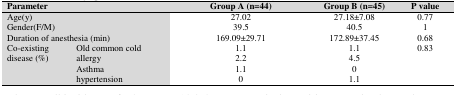
<table><thead><tr><td colspan="2"><b>Parameter</b></td><td><b>Group A (n=44)</b></td><td><b>Group B (n=45)</b></td><td><b>P value</b></td></tr></thead><tbody><tr><td colspan="2">Age(y)</td><td>27.02</td><td>27.18±7.08</td><td>0.77</td></tr><tr><td colspan="2">Gender(F/M)</td><td>39.5</td><td>40.5</td><td>1</td></tr><tr><td colspan="2">Duration of anesthesia (min)</td><td>169.09±29.71</td><td>172.89±37.45</td><td>0.68</td></tr><tr><td rowspan="4">Co-existing disease (%)</td><td>Old common cold</td><td>1.1</td><td>1.1</td><td rowspan="4">0.83</td></tr><tr><td>allergy</td><td>2.2</td><td>4.5</td></tr><tr><td>Asthma</td><td>1.1</td><td>0</td></tr><tr><td>hypertension</td><td>0</td><td>1.1</td></tr></tbody></table>